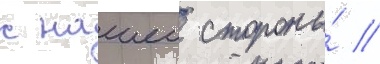
с нашеи стороны́ //